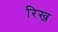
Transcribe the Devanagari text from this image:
रिख